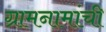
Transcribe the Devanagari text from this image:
ग्रामनामांची